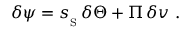
\delta \psi = { s _ { _ \mathrm { S } } } \, \delta \Theta + { \mit \Pi } \, \delta v \ .